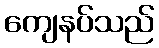
ကျေနပ်သည်